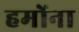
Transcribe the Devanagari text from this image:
हमोंना